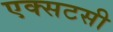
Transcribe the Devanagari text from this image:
एक्सटसी